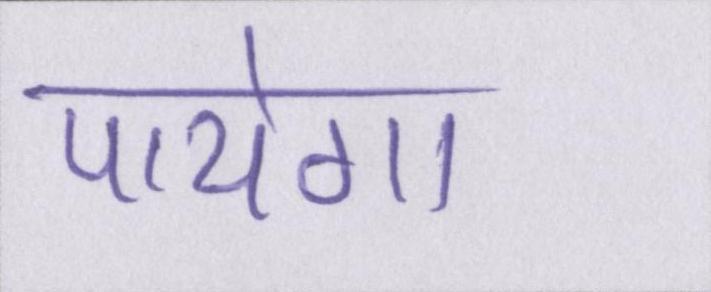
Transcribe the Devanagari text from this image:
पायेगा